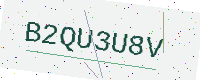
Text: B2QU3U8V